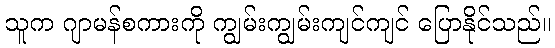
သူက ဂျာမန်စကားကို ကျွမ်းကျွမ်းကျင်ကျင် ပြောနိုင်သည်။